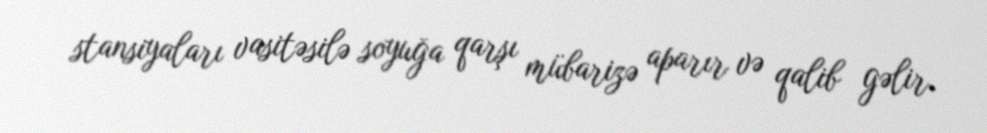
stansiyaları vasitəsilə soyuğa qarşı mübarizə aparır və qalib gəlir.